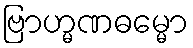
ဗြာဟ္မဏဓမ္မော